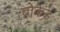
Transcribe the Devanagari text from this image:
ब्रोकेड़